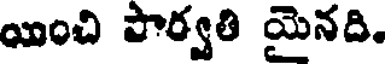
యించి పార్వతి మైనది.